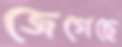
জেগেছে